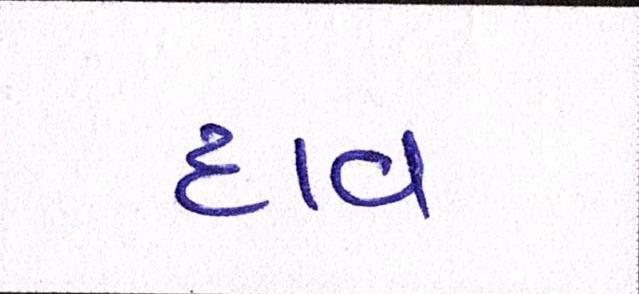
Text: દાવ